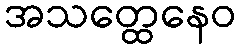
အသတ္ထေနေဝ